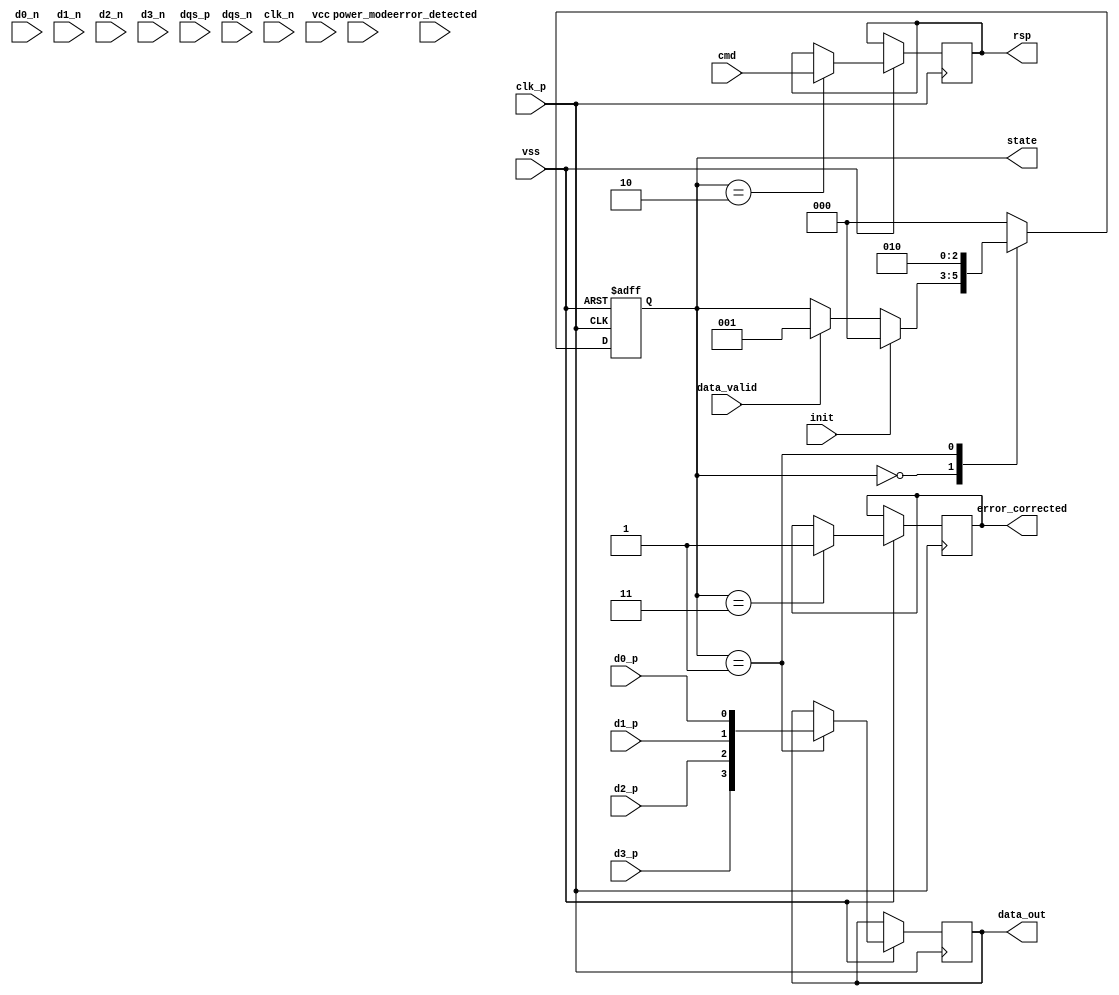
module ufs_io_block (
    // Differential data lines
    input  wire d0_p,
    input  wire d0_n,
    input  wire d1_p,
    input  wire d1_n,
    input  wire d2_p,
    input  wire d2_n,
    input  wire d3_p,
    input  wire d3_n,
    input  wire dqs_p,
    input  wire dqs_n,

    // Command/Response signals
    input  wire cmd,
    output wire rsp,

    // Clock signal
    input  wire clk_p,
    input  wire clk_n,

    // Power Signals
    input  wire vcc,
    input  wire vss,

    // Control Signals
    input  wire init,
    input  wire power_mode,  // Active, idle, sleep
    input  wire data_valid,
    input  wire error_detected,
    output reg [3:0] data_out,
    output reg error_corrected,

    // State machine outputs
    output reg [2:0] state
);

// State definitions
parameter IDLE         = 3'b000;
parameter DATA_TRANSFER = 3'b001;
parameter CMD_PROCESS   = 3'b010;
parameter ERROR_HANDLE   = 3'b011;
parameter INIT         = 3'b100;

// State machine
always @(posedge clk_p or negedge vss) begin
    if (~vss) begin
        state <= INIT;
    end else begin
        case (state)
            INIT: begin
                // Perform initialization
                // Configuration and power management
                state <= IDLE;
            end
            
            IDLE: begin
                if (init) begin
                    state <= IDLE; // Stay in idle
                end else if (data_valid) begin
                    state <= DATA_TRANSFER; // Start data transfer
                end
            end
            
            DATA_TRANSFER: begin
                // Transfer data over D0-D3 based on DQS and clock
                // Here we will read the data from D0-D3
                data_out <= {d3_p, d2_p, d1_p, d0_p};
                state <= CMD_PROCESS; // Move to command processing
            end
            
            CMD_PROCESS: begin
                // Process command and generate response
                // This is a placeholder for actual command logic
                rsp <= cmd; // Echo command as response for simplicity
                state <= IDLE; // Go back to idle state
            end
            
            ERROR_HANDLE: begin
                // Handle errors
                error_corrected <= 1'b1; // Placeholder for error correction logic
                state <= IDLE; // Return to idle state
            end
            
            default: state <= IDLE; // Default case
        endcase
    end
end

// Power Management Logic
always @(power_mode) begin
    case (power_mode)
        1'b0: begin
            // Active mode
            // Logic for active power usage
        end
        1'b1: begin
            // Sleep mode
            // Logic for low power usage
        end
        default: begin
            // Default handling
        end
    endcase
end

endmodule